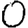
Digit: 0